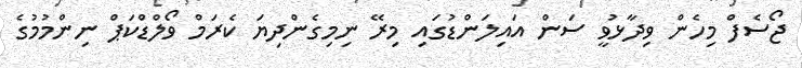
ޖޯސެފް މިހެން ވިދާޅުވީ ސަން އައިލަންޑުގައި މިރޭ ނިމިގެންދިޔަ ކެރަމް ވޯލްޑްކަޕް ނިންމުމުގެ